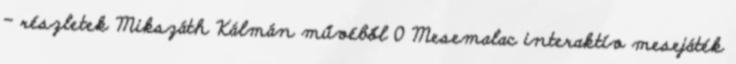
– részletek Mikszáth Kálmán művéből 0 Mesemalac interaktív mesejáték